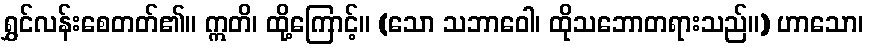
ရွှင်လန်းစေတတ်၏။ ဣတိ၊ ထို့ကြောင့်။ (သော သဘာဝေါ၊ ထိုသဘောတရားသည်။) ဟာသော၊